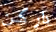
داركن